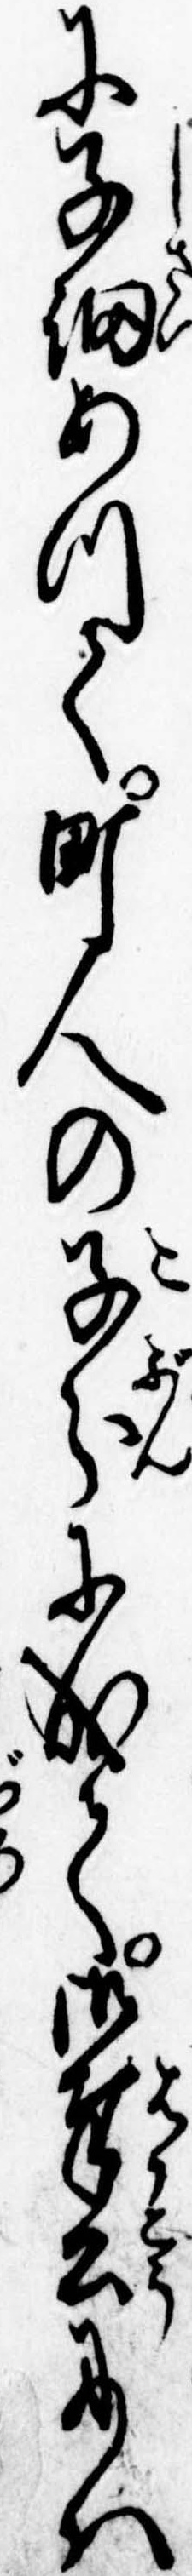
に子細あつて町人の子分に成て御奉公には